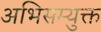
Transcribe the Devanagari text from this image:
अभिसम्युक्त